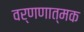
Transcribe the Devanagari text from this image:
वर्णणात्मक